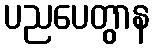
ပညပေတွာန